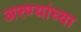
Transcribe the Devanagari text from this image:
अरण्यांच्या